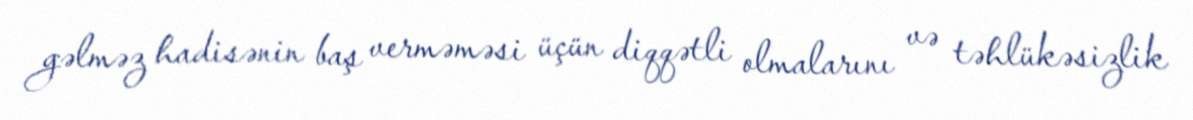
gəlməz hadisənin baş verməməsi üçün diqqətli olmalarını və təhlükəsizlik